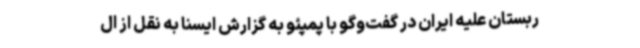
ربستان علیه ایران در گفت‌وگو با پمپئو به گزارش ایسنا به نقل از ال